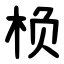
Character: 㭥